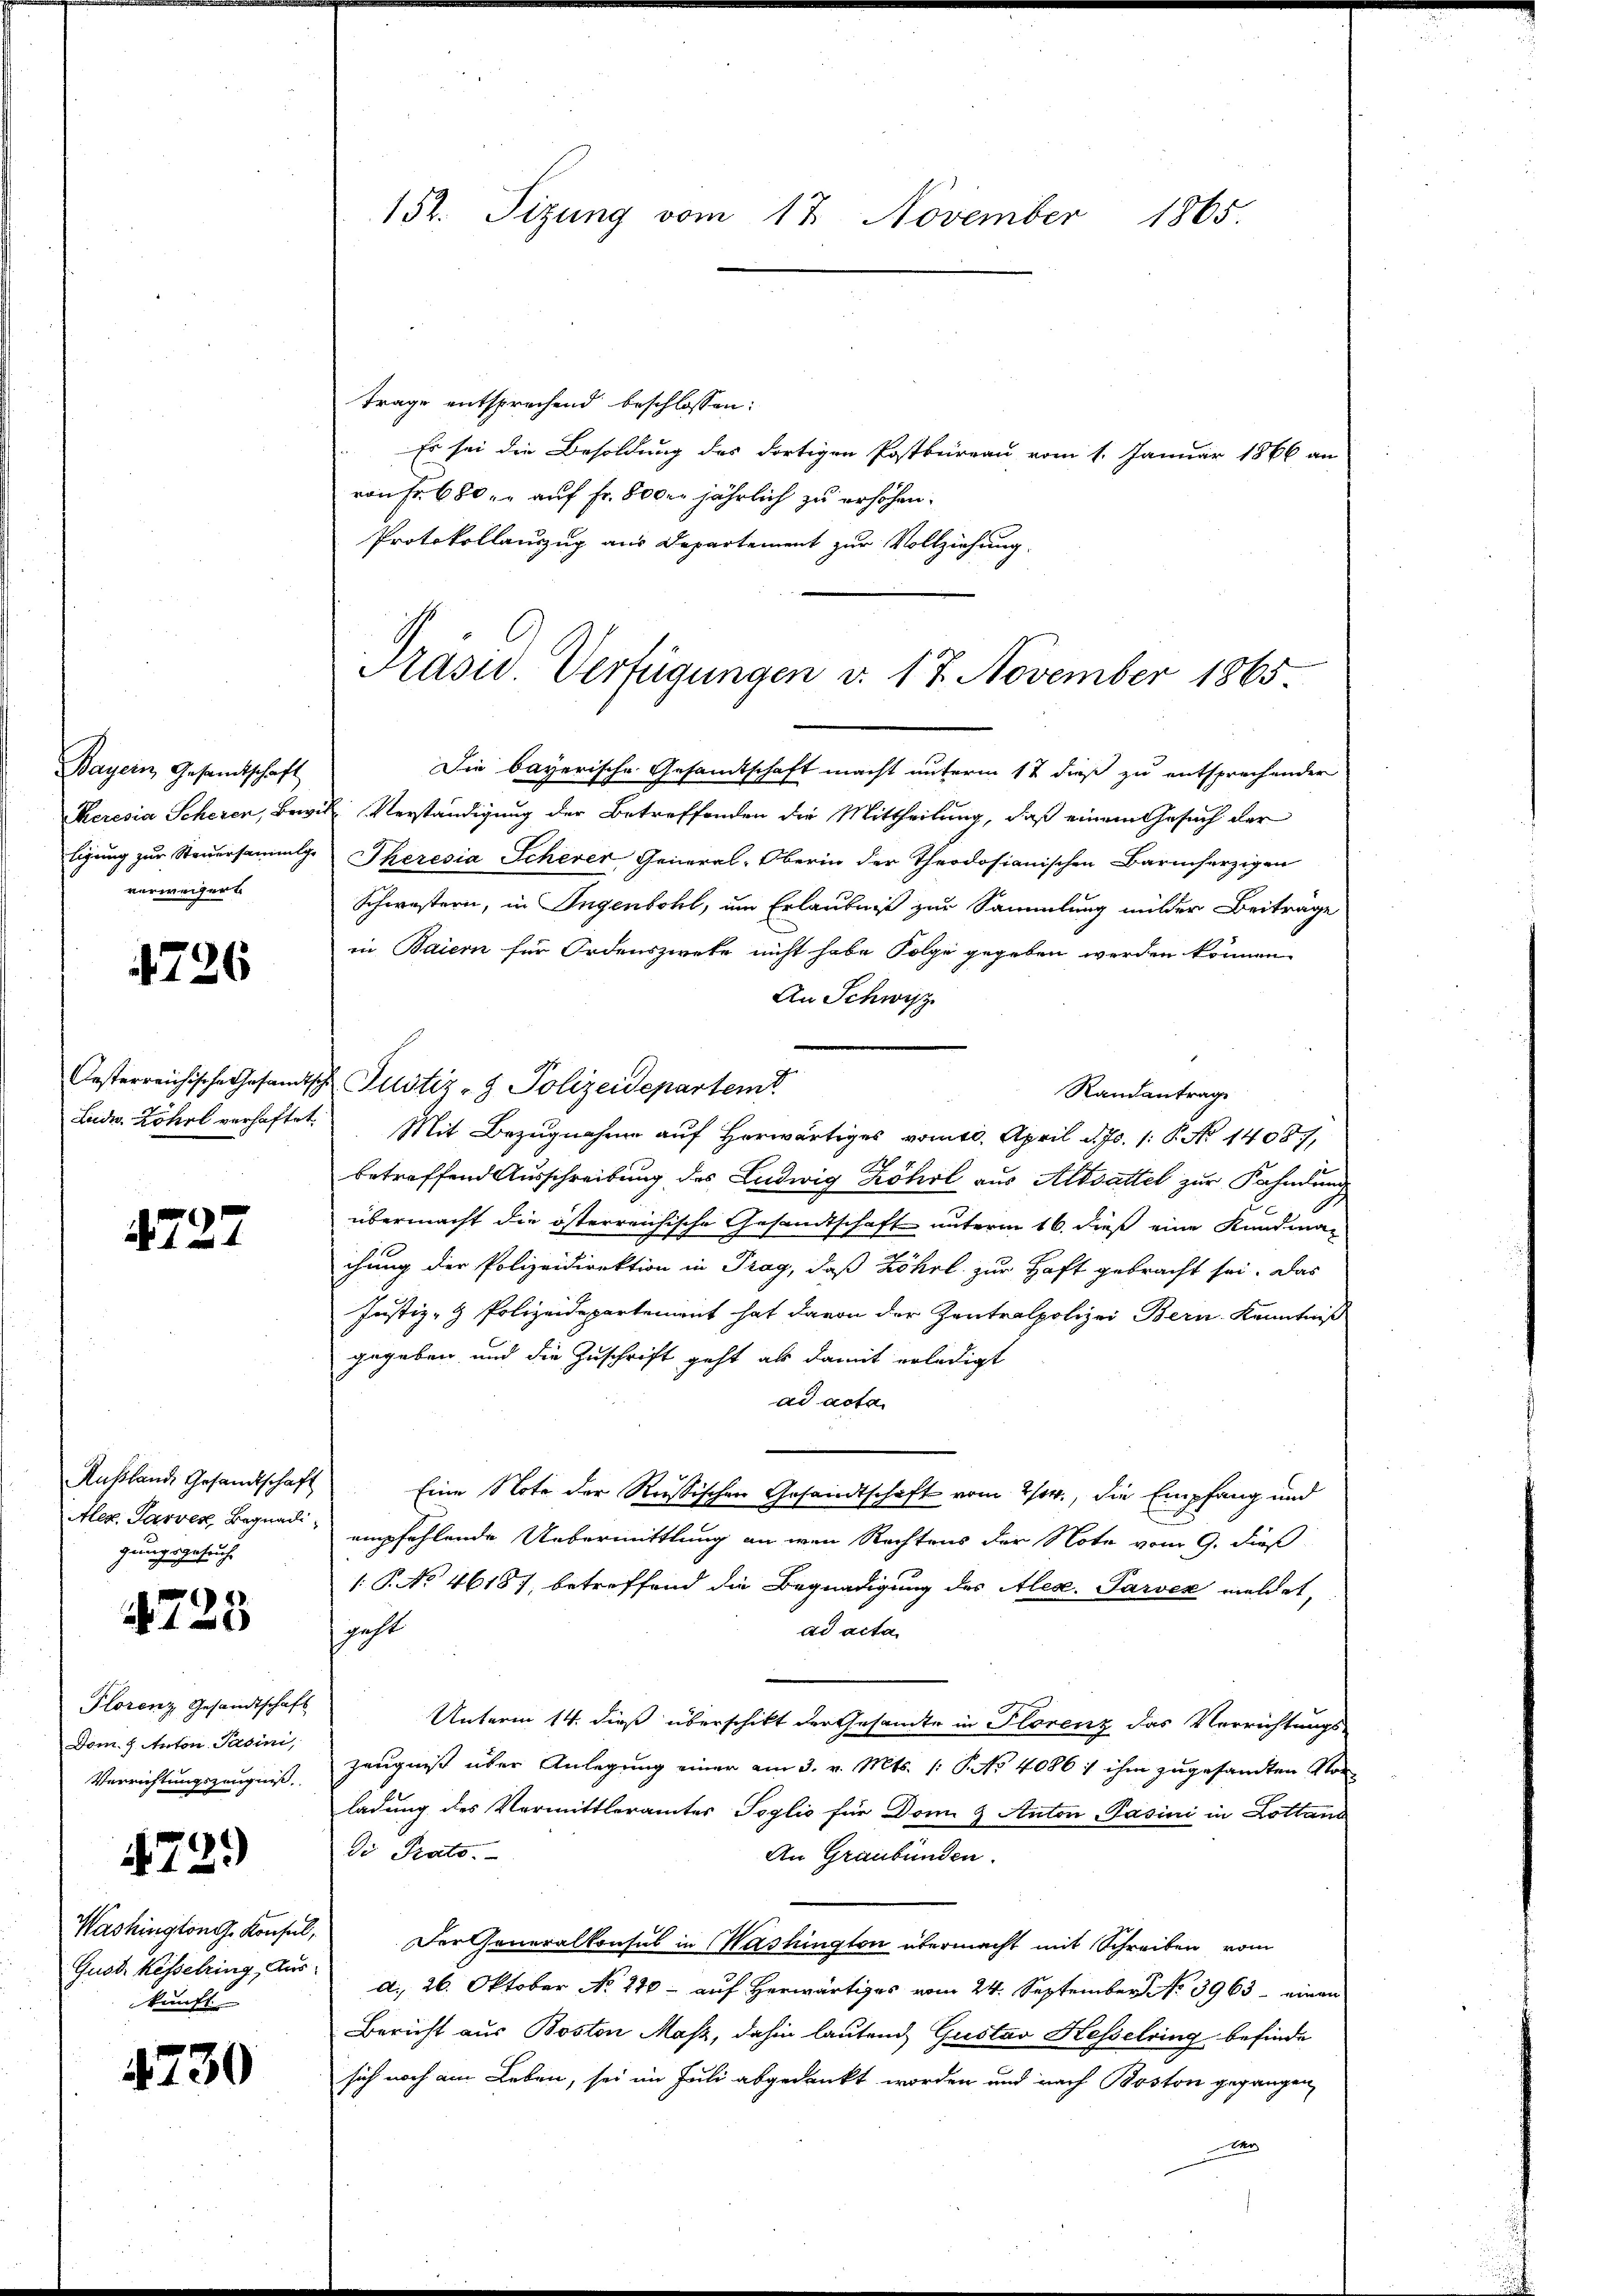
Bayern Gesandtschaft
verweigert

1726

4727

Außlande Gesandtschaft
Alex. Tarven Begnadigungsgesuch

)
10x

Plorenz Gesandtschaft
Dom. 7. Anton Pasini,

473)

kunft

4730

trage entsprechend beschlossen:
Es sei die Besoldung des dortigen Postbureau vom 1. Januar 1866 an
von Fr. 680. auf Fr. 800. jährlich zu erhöhen.
Protokollauszug aus Departement zur Vollziehung.
Die bayerische Gesandtschaft macht unterm 17 dieß zu entsprechender
Keresia Scherer, Bewill Verständigung der Betreffenden die Mittheilung, daß einem Gesuch der
tigung zur Steuersammlg. Theresia Scherer General-Oberin der Theodosianischen Barmherzigen
Schwestern, in Ingenbohl, um Erlaubniß zur Sammlung milder Beitrage
in Baiern für Ordenszweke nicht habe Folge gegeben werden können.
An Schwyz
Oesterreichische Gesandtsche Justiz- & Polizeidepartem
Randantrage
Lad. Röhl verhaftet. Mit Bezugnahme auf herwärtiges vom 10. April d. Js. 1. P. Nr. 1408,
betreffend Ausschreibung des Ludwig Zöhrl aus Altsattel zur Fahndung
übermacht die österreichische Gesandtschaft unterm 16. dieß eine Kundman
chung der Polizeidirektion in Prag, daß Zöhrl zur Haft gebracht sei. Das
Justiz- & Polizeidepartement hat davon der Zentralpolizei Bern Kenntniß
gegeben, und die Zuschrift geht als damit erledigt
ad acta
Eine Note der Rußischen Gesandtschaft vom 2/04., die Empfang und
empfehlende Uebermittlung an wenn Rechtens der Note vom 9. dieß
1.P. No 4618), betreffend die Begnadigung des Alex. Parvez meldet,
geht
ad acta
Unterm 14. dieß überschikt der Gesamte in Florenz das Verrichtungs-
Verrichtungszeugniß. Zeugniß über Anlegung einer am 3. v. Mts. (: P. No 4086 : ihm zugesandten Vor-
ladung des Vermittleramtes Toglio für Don & Anton Pasini in Lottans
di Pato.
An Graubünden.
Washingtong. Konsul, der Generalkonsul in Washington übermacht mit Schreiben vom
Gust. Kesselring, Aus d. 26. Oktober No. 210 - auf Herwärtiges vom 24. September No. 3963 - einen
Bericht aus Boston Masz, dahin lautend Gustav Hesselring befinde
sich noch am Leben, sei im Juli abgedankt worden und nach Boston gegangen,
Ar

152. Sizung vom 17. November 1865.

Präsid. Verfügungen v. 17. November 1865